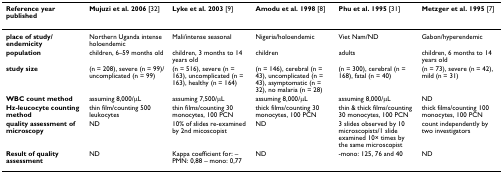
<table><thead><tr><td><b>Reference year published</b></td><td><b>Mujuzi et al. 2006 [32]</b></td><td><b>Lyke et al. 2003 [9]</b></td><td><b>Amodu et al. 1998 [8]</b></td><td><b>Phu et al. 1995 [31]</b></td><td><b>Metzger et al. 1995 [7]</b></td></tr></thead><tbody><tr><td><b>place of study/endemicity</b></td><td>Northern Uganda intense holoendemic</td><td>Mali/intense seasonal</td><td>Nigeria/holoendemic</td><td>Viet Nam/ND</td><td>Gabon/hyperendemic</td></tr><tr><td><b>population</b></td><td>children, 6–59 months old</td><td>children, 3 months to 14 years old</td><td>children</td><td>adults</td><td>children, 6 months to 14 years old</td></tr><tr><td><b>study size</b></td><td>(n = 208), severe (n = 99)/uncomplicated (n = 99)</td><td>(n = 516), severe (n = 163), uncomplicated (n = 163), healthy (n = 164)</td><td>(n = 146), cerebral (n = 43), uncomplicated (n = 43), asymptomatic (n = 32), no malaria (n = 28)</td><td>(n = 300), cerebral (n = 168), fatal (n = 40)</td><td>(n = 73), severe (n = 42), mild (n = 31)</td></tr><tr><td><b>WBC count method</b></td><td>assuming 8,000/μL</td><td>assuming 7,500/μL</td><td>assuming 8,000/μL</td><td>assuming 8,000/μL</td><td>ND</td></tr><tr><td><b>Hz-leucocyte counting method</b></td><td>thin film/counting 500 leukocytes</td><td>thin films/counting 30 monocytes, 100 PCN</td><td>thick films/counting 30 monocytes, 100 PCN</td><td>thin &amp; thick films/counting 30 monocytes, 100 PCN</td><td>thick films/counting 100 monocytes, 100 PCN</td></tr><tr><td><b>quality assessment of microscopy</b></td><td>ND</td><td>10% of slides re-examined by 2nd micoscopist</td><td>ND</td><td>3 slides observed by 10 microscopists/1 slide examined 10× times by the same microscopist</td><td>count independently by two investigators</td></tr><tr><td><b>Result of quality assessment</b></td><td>ND</td><td>Kappa coefficient for: – PMN: 0,88 – mono: 0,77</td><td>ND</td><td>-mono: 125, 76 and 40</td><td>ND</td></tr></tbody></table>